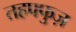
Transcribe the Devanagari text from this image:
तहफ्फुज़